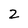
Character: 2